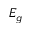
E _ { g }